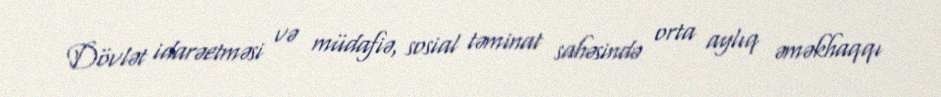
Dövlət idarəetməsi və müdafiə, sosial təminat sahəsində orta aylıq əməkhaqqı